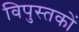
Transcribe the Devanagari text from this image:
विपुस्तकों